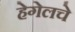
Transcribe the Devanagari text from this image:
हेगेलचे